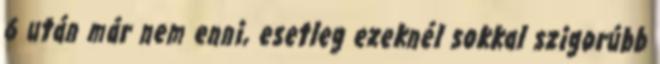
6 után már nem enni, esetleg ezeknél sokkal szigorúbb